Leaving Certificate Examination, 1912
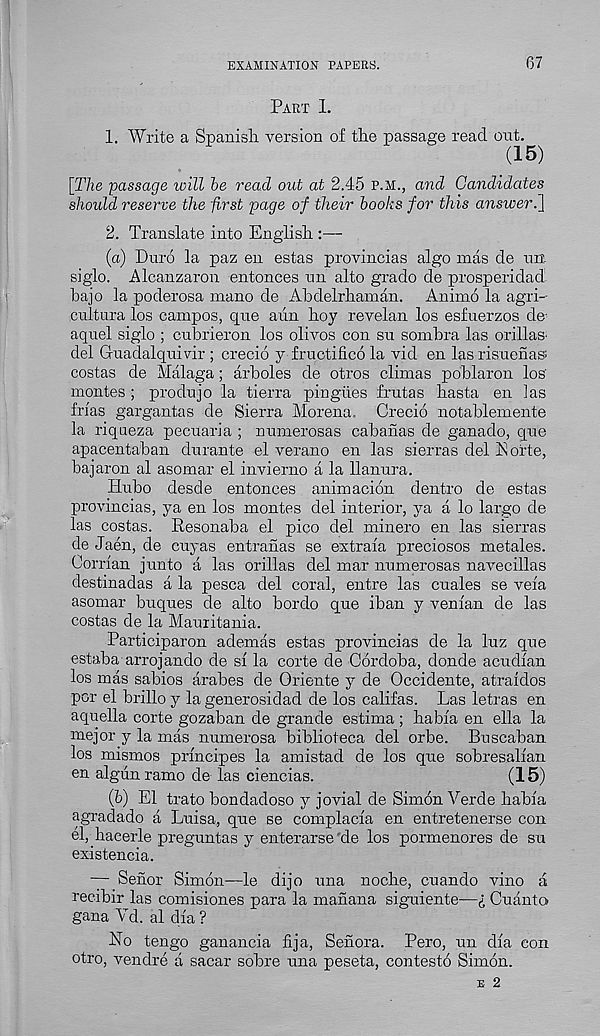
EXAMINATION PAPERS.
67
Part I.
1. Write a Spanisli version of the passage read out.
(15)
[The passage loill he read out at 2.45 P.M., and Candidates
should reserve the iirst page of their hooks for this answer.1
2. Translate into English :—
(a) Duro la paz en estas provincias algo mas de im
siglo. Alcanzaron entonces nn alto grado de prosperidad
bajo la poderosa mano de Abdelrhaman. Animo la agri-
cult ur a los campos, que aun hoy revelan los esfuerzos de-
aquel siglo ; cubrieron los olivos con su sombra las orillas-
del Guadalquivir ; crecio y fructified la vid en las risuenas
costas de Malaga; arboles de otros climas poblaron los'
montes ; produjo la tierra pingiies frutas hasta en las
Mas gargantas de Sierra Morena. Crecid notablemente
la riqueza pecuaria ; numerosas cabanas de ganado, que
apacentaban durante el verano en las sierras del Eorte,
bajaron al asomar el invierno a la llanura.
Hubo desde entonces animacidn dentro de estas
provincias, ya en los montes del interior, ya a lo largo de
las costas. Resonaba el pico del minero en las sierras
de Jaen, de cuyas entranas se extraia preciosos metales.
Corrian junto a las orillas del mar numerosas navecillas
destinadas a la pesca del coral, entre las cuales se vela
asomar buques de alto bordo que iban y venian de las
costas de la Mauritania.
Participaron ademas estas provincias de la luz que
estaba arrojando de si la corte de Cordoba, donde acudian
los mas sabios arabes de Oriente y de Occidente, atraidos
por el brillo y la generosidad de los califas. Las letras en
aquella corte gozaban de grande estima; habia en ella la
mejor y la mas numerosa biblioteca del orbe. Buscaban
los mismos principes la amistad de los que sobresalian
en algun ramo de las ciencias.
(15)
(h) El trato bondadoso y jovial de Simon Verde habia
agradado a Luisa, que se complacia en entretenerse con
el, hacerle preguntas y enterarse 'de los pormenores de su
existencia.
— Sehor Simon—le dijo una noche, cuando vino a
recibir las comisiones para la manana siguiente—i Quanta
gana Vd. al dia?
No tengo ganancia fija, Senora. Pero, un dia con
otro, vendre a sacar sobre una peseta, contestd Simon.